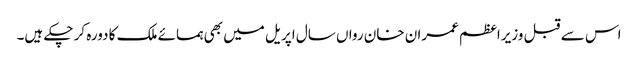
اس سے قبل وزیراعظم عمران خان رواں سال اپریل میں بھی ہمسائے ملک کا دورہ کر چکے ہیں۔